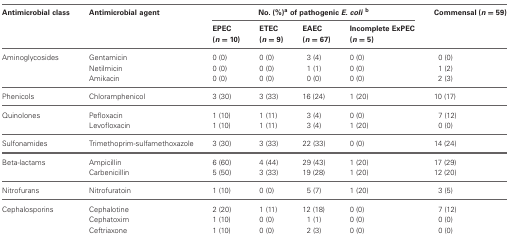
| Antimicrobial class | Antimicrobial agent | <COLSPAN=4> No. (%)a of pathogenic E. colib | Commensal (n = 59) |
 |  |  | EPEC (n = 10) | ETEC (n = 9) | EAEC (n = 67) | Incomplete ExPEC (n = 5) |  |
 | --- | --- | --- | --- | --- | --- | --- |
 | Aminoglycosides | Gentamicin | 0 (0) | 0 (0) | 3 (4) | 0 (0) | 0 (0) |
 |  | Netilmicin | 0 (0) | 0 (0) | 1 (1) | 0 (0) | 1 (2) |
 |  | Amikacin | 0 (0) | 0 (0) | 0 (0) | 0 (0) | 2 (3) |
 | Phenicols | Chloramphenicol | 3 (30) | 3 (33) | 16 (24) | 1 (20) | 10 (17) |
 | Quinolones | Pefloxacin | 1 (10) | 1 (11) | 3 (4) | 0 (0) | 7 (12) |
 |  | Levofloxacin | 1 (10) | 1 (11) | 3 (4) | 1 (20) | 0 (0) |
 | Sulfonamides | Trimethoprim-sulfamethoxazole | 3 (30) | 3 (33) | 22 (33) | 0 (0) | 14 (24) |
 | Beta-lactams | Ampicillin | 6 (60) | 4 (44) | 29 (43) | 1 (20) | 17 (29) |
 |  | Carbenicillin | 5 (50) | 3 (33) | 19 (28) | 1 (20) | 12 (20) |
 | Nitrofurans | Nitrofuratoin | 1 (10) | 0 (0) | 5 (7) | 1 (20) | 3 (5) |
 | Cephalosporins | Cephalotine | 2 (20) | 1 (11) | 12 (18) | 0 (0) | 7 (12) |
 |  | Cephatoxim | 1 (10) | 0 (0) | 1 (1) | 0 (0) | 0 (0) |
 |  | Ceftriaxone | 1 (10) | 0 (0) | 2 (3) | 0 (0) | 0 (0) |